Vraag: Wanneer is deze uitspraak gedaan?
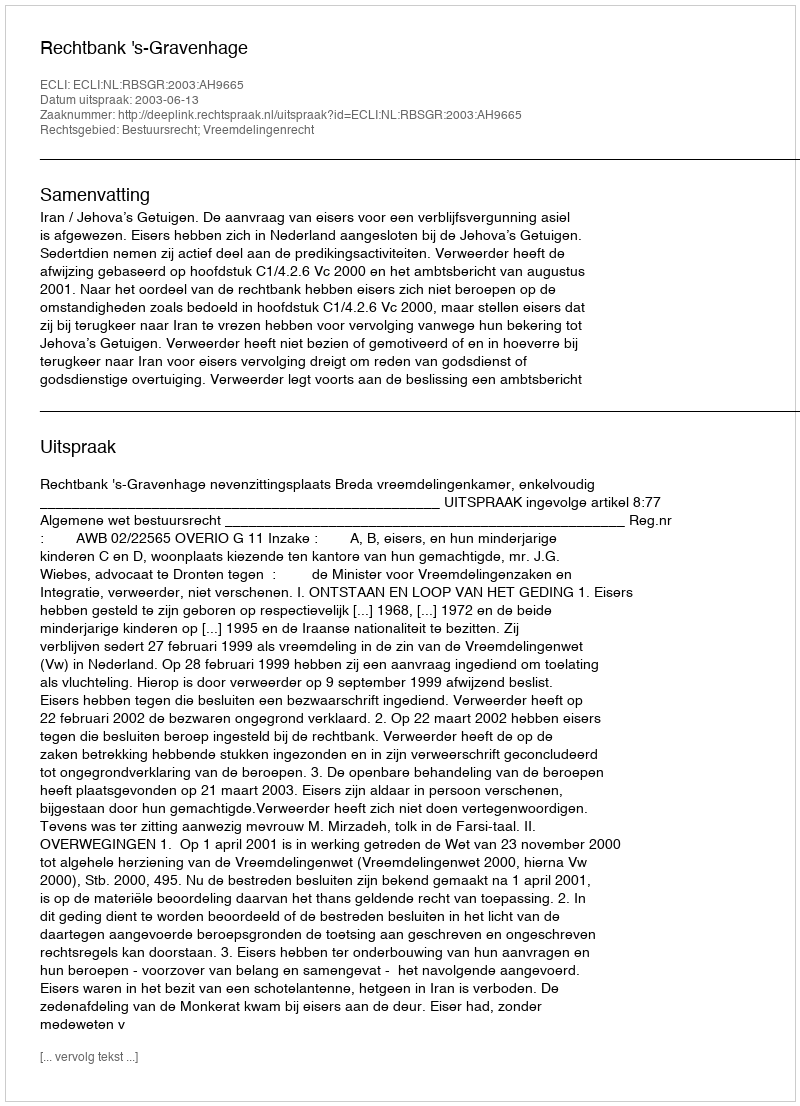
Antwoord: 2003-06-13